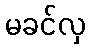
မခင်လှ